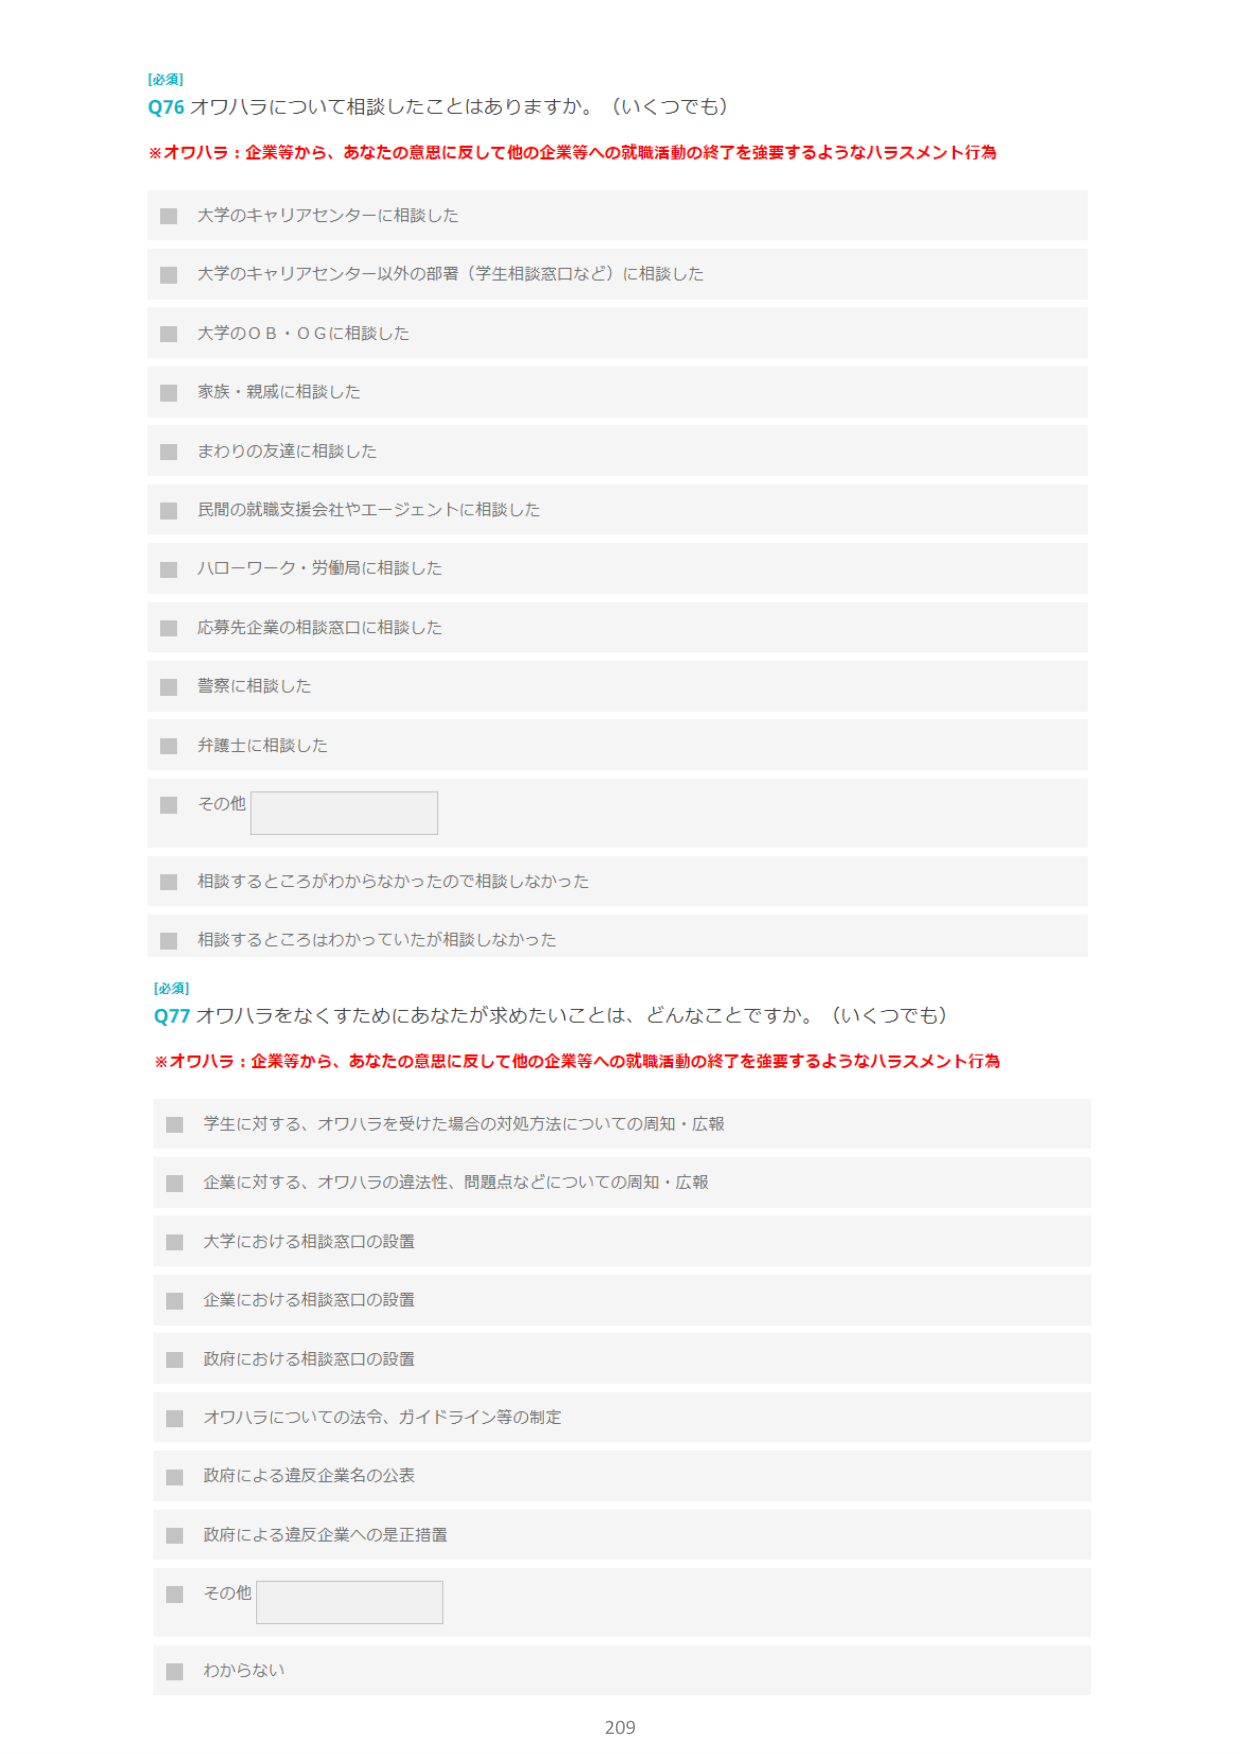
[必須]
Q76 オウハラについて相談したことはありますか。（いくつでも）
※オウハラ：企業等から、あなたの意思に反して他の企業等への就職活動の終了を強要するようなハラスメント行為

■ 大学のキャリアセンターに相談した
■ 大学のキャリアセンター以外の部署（学生相談窓口など）に相談した
■ 大学のＯＢ・ＯＧに相談した
■ 家族・親戚に相談した
■ まわりの友達に相談した
■ 民間の就職支援会社やエージェントに相談した
■ ハローワーク・労働局に相談した
■ 応募先企業の相談窓口に相談した
■ 警察に相談した
■ 弁護士に相談した
■ その他 [空欄]
■ 相談するところがわからなかったので相談しなかった
■ 相談するところはわかっていたが相談しなかった

[必須]
Q77 オウハラをなくすためにあなたが求めたいことは、どんなことですか。（いくつでも）
※オウハラ：企業等から、あなたの意思に反して他の企業等への就職活動の終了を強要するようなハラスメント行為

■ 学生に対する、オウハラを受けた場合の対処方法についての周知・広報
■ 企業に対する、オウハラの違法性、問題点などについての周知・広報
■ 大学における相談窓口の設置
■ 企業における相談窓口の設置
■ 政府における相談窓口の設置
■ オウハラについての法令、ガイドライン等の制定
■ 政府による違反企業名の公表
■ 政府による違反企業への是正措置
■ その他 [空欄]
■ わからない

209